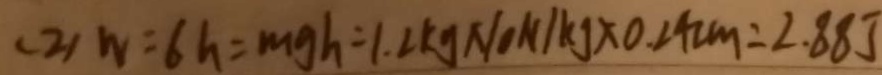
( 2 ) W = 6 h = m g h = 1 . 2 k g / \times 1 0 N / k g \times 0 . 2 4 c m = 2 . 8 8 5